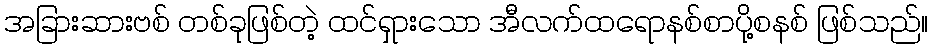
အခြားဆားဗစ် တစ်ခုဖြစ်တဲ့ ထင်ရှားသော အီလက်ထရောနစ်စာပို့စနစ် ဖြစ်သည်။